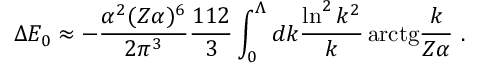
\Delta E _ { 0 } \approx - \frac { \alpha ^ { 2 } ( Z \alpha ) ^ { 6 } } { 2 \pi ^ { 3 } } \frac { 1 1 2 } { 3 } \int _ { 0 } ^ { \Lambda } d k \frac { \ln ^ { 2 } k ^ { 2 } } { k } \, \mathrm { a r c t g } \frac { k } { Z \alpha } \ .